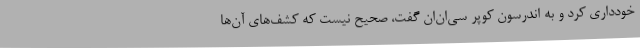
خودداری کرد و به اندرسون کوپر سی‌ان‌ان گفت، صحیح نیست که کشف‌های آن‌ها